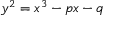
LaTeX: y ^ { 2 } = x ^ { 3 } - p x - q